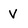
Character: V